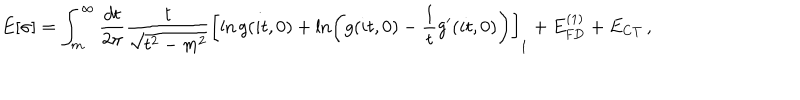
E [ \sigma ] = \int _ { m } ^ { \infty } \frac { d t } { 2 \pi } \frac { t } { \sqrt { t ^ { 2 } - m ^ { 2 } } } \left[ \ln g ( i t , 0 ) + \ln \left( g ( i t , 0 ) - \frac { 1 } { t } g ^ { \prime } ( i t , 0 ) \right) \right] _ { 1 } + E _ { \mathrm { F D } } ^ { ( 1 ) } + E _ { \mathrm { C T } } \, ,